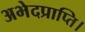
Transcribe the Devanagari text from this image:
अभेदप्राप्ति।